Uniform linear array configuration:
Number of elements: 12
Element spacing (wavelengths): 0.5
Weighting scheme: hann
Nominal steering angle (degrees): -15
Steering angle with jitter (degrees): -15.096
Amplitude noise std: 0.05
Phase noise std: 0.05

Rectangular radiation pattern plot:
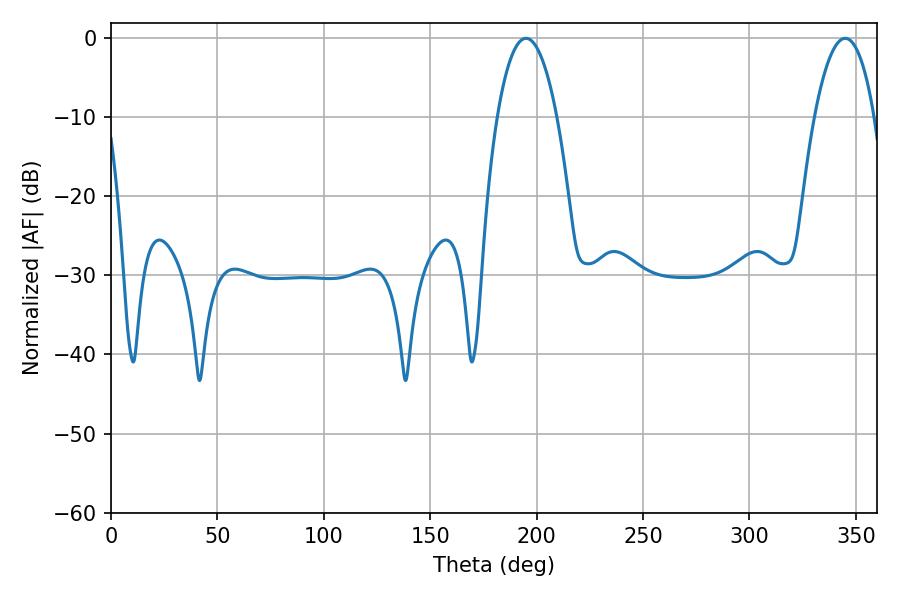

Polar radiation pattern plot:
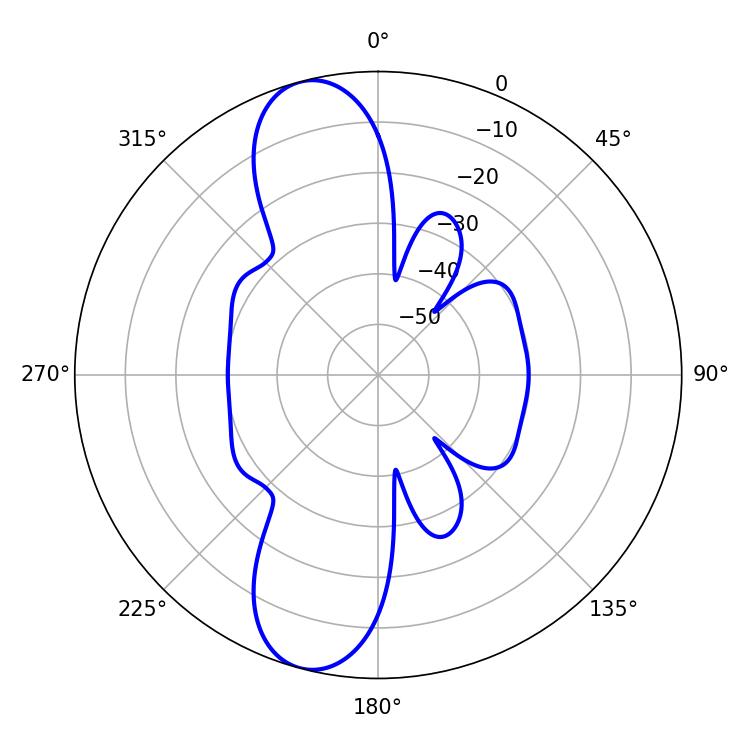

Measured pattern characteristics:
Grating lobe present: FALSE
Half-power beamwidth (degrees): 15.66
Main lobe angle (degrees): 194.94